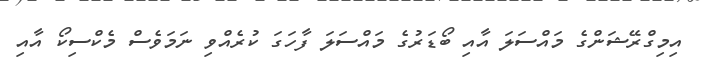
އިމިގްރޭޝަންގެ މައްސަލަ އާއި ބޯޑަރުގެ މައްސަލަ ފާހަގަ ކުރެއްވި ނަމަވެސް މެކްސިކޯ އާއި